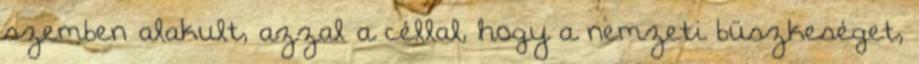
szemben alakult, azzal a céllal, hogy a nemzeti büszkeséget,